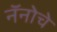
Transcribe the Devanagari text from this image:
नॅनोचे